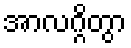
အာလဂ္ဂိတွာ